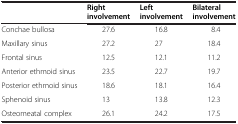
<table><thead><tr><td><b> </b></td><td><b>Right involvement</b></td><td><b>Left involvement</b></td><td><b>Bilateral involvement</b></td></tr></thead><tbody><tr><td>Conchae bullosa</td><td>27.6</td><td>16.8</td><td>8.4</td></tr><tr><td>Maxillary sinus</td><td>27.2</td><td>27</td><td>18.4</td></tr><tr><td>Frontal sinus</td><td>12.5</td><td>12.1</td><td>11.2</td></tr><tr><td>Anterior ethmoid sinus</td><td>23.5</td><td>22.7</td><td>19.7</td></tr><tr><td>Posterior ethmoid sinus</td><td>18.6</td><td>18.1</td><td>16.4</td></tr><tr><td>Sphenoid sinus</td><td>13</td><td>13.8</td><td>12.3</td></tr><tr><td>Osteomeatal complex</td><td>26.1</td><td>24.2</td><td>17.5</td></tr></tbody></table>